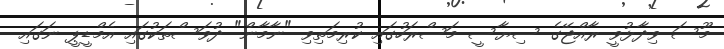
މޫސަ ވިދާޅުވީ ރާއްޖޭގެ ސިޔާސީ މަސްރަހުގައި ކުރިމަތިވި "ނާމާން" ދުވަސްތަކުގައި އެމްޑީޕީ ނަގައި